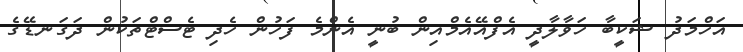
އަހްމަދު ޝަކީބާ ހަވާލާދީ އެފްއޭއެމްއިން ބުނީ އެންމެ ފަހުން ހެދި ޓެސްޓްތަކުން ދަގަނޑޭގެ